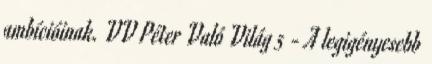
ambícióinak. VV Péter Való Világ 5 - A legigényesebb